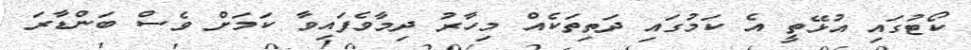
ކޯޓުގައި އުޅޭތީ އެ ކަމުގައި ދަތިތަކެއް މިހާރު ދިމާވެފައިވާ ކަމަށް ވެސް ބަންޑާރަ